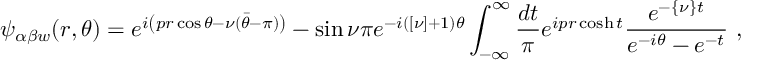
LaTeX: \psi _ { \alpha \beta w } ( r , \theta ) = e ^ { i \left( p r \cos \theta - \nu ( { \bar { \theta } } - \pi ) \right) } - \sin \nu \pi e ^ { - i ( [ \nu ] + 1 ) \theta } \int _ { - \infty } ^ { \infty } { \frac { d t } { \pi } } e ^ { i p r \cosh t } { \frac { e ^ { - \{ \nu \} t } } { e ^ { - i \theta } - e ^ { - t } } } \ ,